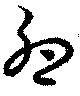
卵